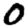
Digit: 0